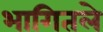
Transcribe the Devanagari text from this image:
भागितले